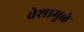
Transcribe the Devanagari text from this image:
वेशामुळे